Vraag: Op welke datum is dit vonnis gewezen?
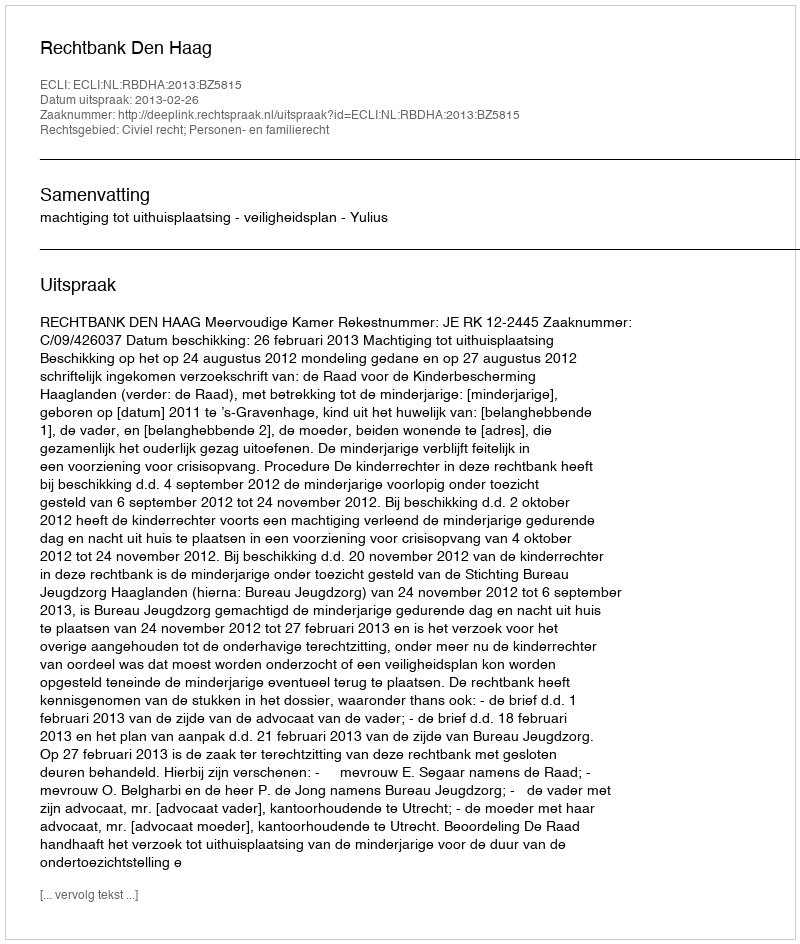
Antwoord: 2013-02-26